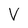
Character: v